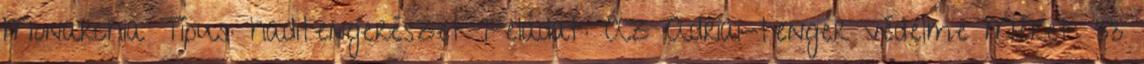
Monarchia Típus: haditengerészet Feladat: Az Adriai-tenger védelme Méret: 33